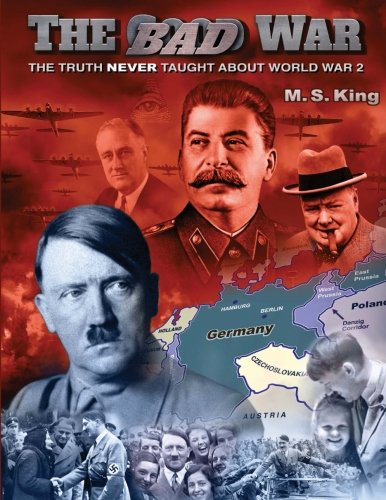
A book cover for The Bad War: The Truth NEVER Taught About World War II; M S King; History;